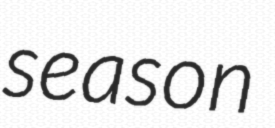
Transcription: season